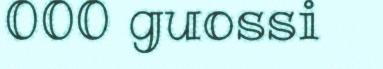
000 guossi